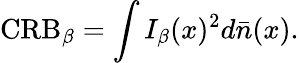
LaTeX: \mathrm{CRB}_{\beta}=\int I_{\beta}(x)^{2}d\bar{n}(x).